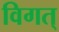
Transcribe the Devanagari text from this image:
विगत्